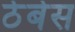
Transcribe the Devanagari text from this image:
ठेबेस